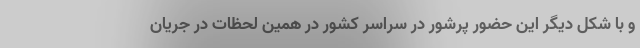
و با شکل دیگر این حضور پرشور در سراسر کشور در همین لحظات در جریان